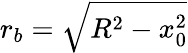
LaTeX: r_{b}=\sqrt{R^{2}-x_{0}^{2}}